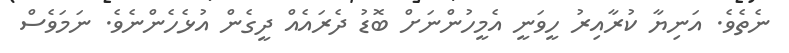
ނެތެވެ. އަނިޔާ ކުރާއިރު ހީވަނީ އެމީހުންނަށް ބޮޑު ދެރައެއް ދީގެން އުޅެހެންނެވެ. ނަމަވެސް